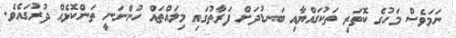
ނަމަވެސް މަހުގެ ކޮތަރި ތަކުގައްޔާއި ބަނޑުދަށް ފަރާތުގައި މިލައްތައް ހުންނަނީ ތަންކޮޅެއް ދުރުގައެވެ.